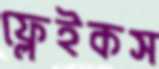
ফ্লেইকস